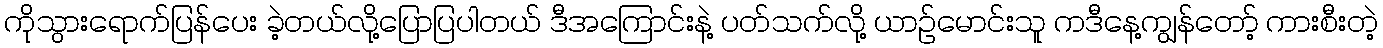
ကိုသွားရောက်ပြန်ပေး ခဲ့တယ်လို့ပြောပြပါတယ် ဒီအကြောင်းနဲ့ ပတ်သက်လို့ ယာဉ်မောင်းသူ ကဒီနေ့ကျွန်တော့် ကားစီးတဲ့